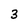
Character: 3